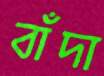
বাঁদা